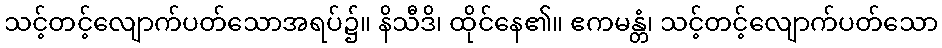
သင့်တင့်လျောက်ပတ်သောအရပ်၌။ နိသီဒိ၊ ထိုင်နေ၏။ ဧကမန္တံ၊ သင့်တင့်လျောက်ပတ်သော